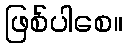
ဖြစ်ပါစေ။